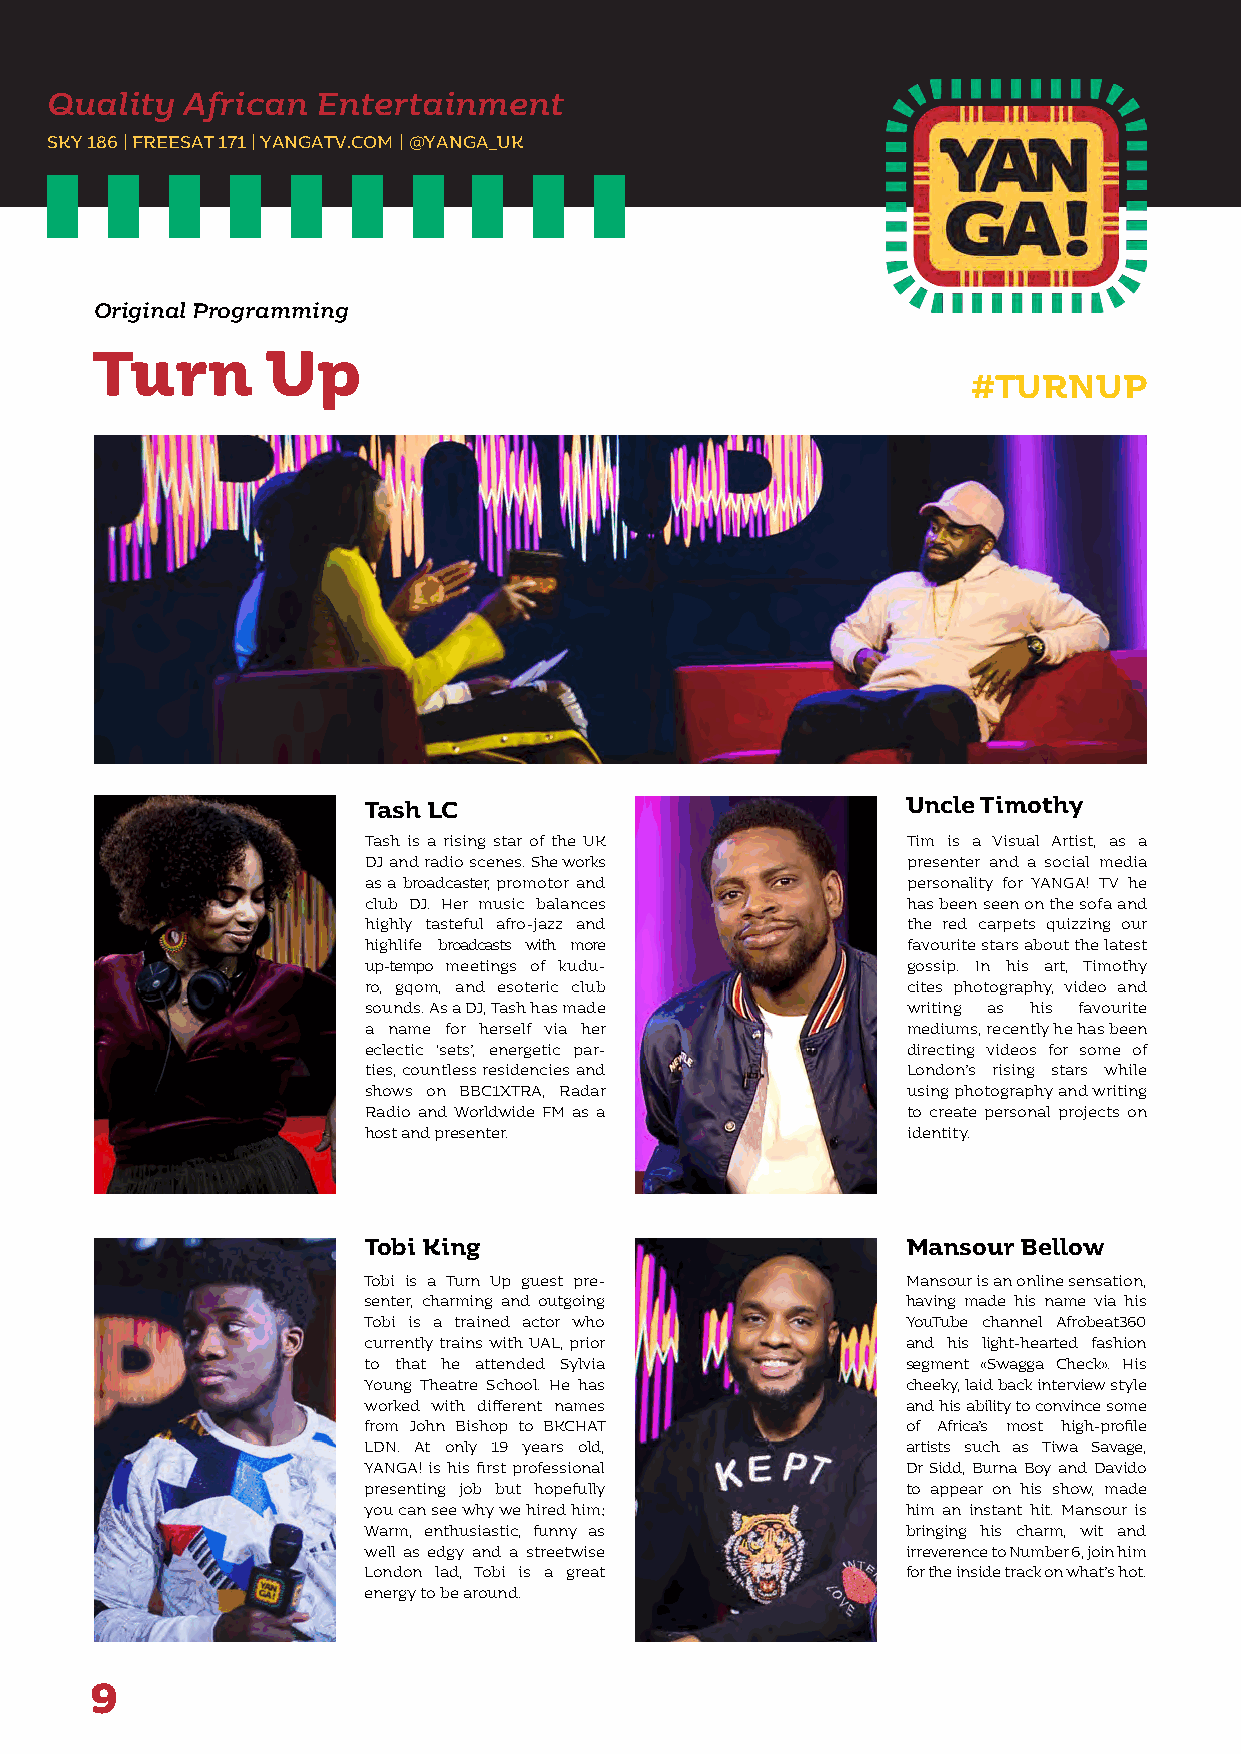
Quality  African  Entertainment
 SKY 186 | FREESAT 171 | YANGATV.COM | @YANGA_UK
 Original Programming
 Turn        Up
 #TURNUP
 Tash LC                             Uncle Timothy
 Tash is a rising star of the UK     Tim is a Visual Artist, as a
 DJ and radio scenes. She works      presenter and a social media
 as a broadcaster, promotor and      personality for YANGA! TV he
 club DJ. Her music balances         has been seen on the sofa and
 highly tasteful afro-jazz and       the red carpets quizzing our
 highlife broadcasts with more       favourite stars about the latest
 up-tempo meetings of kudu-          gossip. In his art, Timothy
 ro, gqom, and esoteric club         cites photography, video and
 sounds. As a DJ, Tash has made      writing as his favourite
 a name for herself via her          mediums, recently he has been
 eclectic ‘sets’, energetic par-     directing videos for some of
 ties, countless residencies and     London’s rising stars while
 shows on BBC1XTRA, Radar            using photography and writing
 Radio and Worldwide FM as a         to create personal projects on
 host and presenter.                 identity.
 Tobi King                           Mansour Bellow
 Tobi is a Turn Up guest pre-        Mansour is an online sensation,
 senter, charming and outgoing       having made his name via his
 Tobi is a trained actor who         YouTube channel Afrobeat360
 currently trains with UAL, prior    and his light-hearted fashion
 to that he attended Sylvia          segment «Swagga Check». His
 Young Theatre School. He has        cheeky, laid back interview style
 worked with different names         and his ability to convince some
 from John Bishop to BKCHAT          of Africa’s most high-profile
 LDN. At only 19 years old,          artists such as Tiwa Savage,
 YANGA! is his first professional    Dr Sidd, Burna Boy and Davido
 presenting job but hopefully        to appear on his show, made
 you can see why we hired him;       him an instant hit. Mansour is
 Warm, enthusiastic, funny as        bringing his charm, wit and
 well as edgy and a streetwise       irreverence to Number 6, join him
 London lad, Tobi is a great         for the inside track on what’s hot.
 energy to be around.
 9